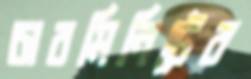
চারমিনিটের